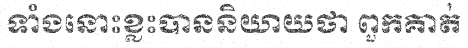
ទាំងនោះខ្លះបាននិយាយថា ពួកគាត់